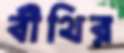
বীথির